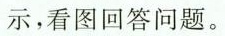
示，看图回答问题。